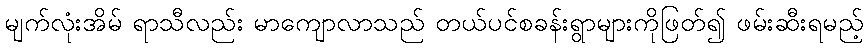
မျက်လုံးအိမ် ရာသီလည်း မာကျောလာသည် တယ်ပင်စခန်းရွာများကိုဖြတ်၍ ဖမ်းဆီးရမည့်